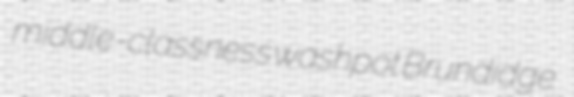
middle-classness washpot Brundidge